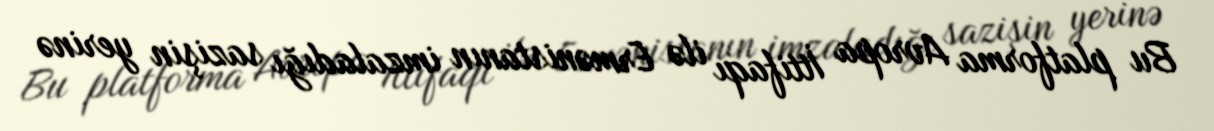
Bu platforma Avropa İttifaqı ilə Ermənistanın imzaladığı sazişin yerinə